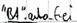
Text: "BA".autofrei